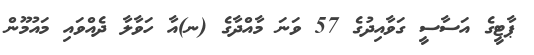
ޕާޓީގެ އަސާސީ ގަވާއިދުގެ 57 ވަނަ މާއްދާގެ (ނ)އާ ހަވާލާ ދެއްވައި މައުމޫން